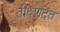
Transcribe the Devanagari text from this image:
तीक्ष्णंदत